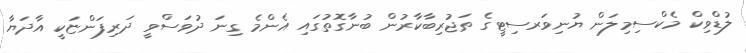
ލުޑްވިކް މެކްސިމިލަން ޔުނިވަރސިޓީގެ ތަޖުރިބާކާރުން ބުނާގޮތުގައި އެންމެ ގިނަ ދުވަސްވީ ދަރިފަންޏަކީ އާދަޔާ